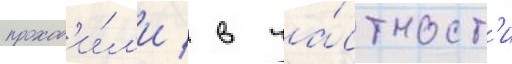
проход'и́л'и / в ча́стност'и